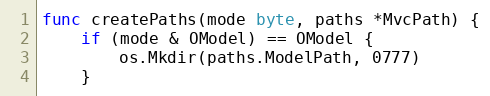
Language: Go
func createPaths(mode byte, paths *MvcPath) {
	if (mode & OModel) == OModel {
		os.Mkdir(paths.ModelPath, 0777)
	}